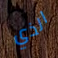
الذي